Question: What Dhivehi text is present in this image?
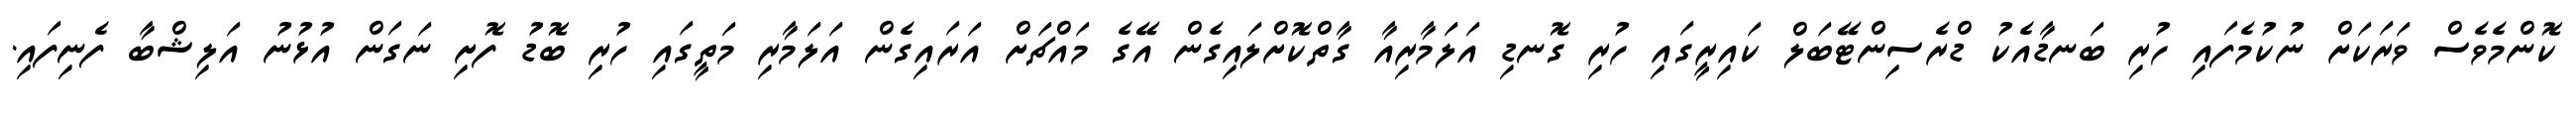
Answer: ކޮންމެވެސް ވަރަކަށް ނުކުމެފައި ހުރި ބަނޑާއެކު ޑްރެސިންޓޭބަލް ކައިރީގައި ހުރި ގޮނޑި އަލަމާރިއާ ގާތްކޮށްލައިގެން އޭގެ މައްޗަށް އަރައިގެން އަލަމާރި މަތީގައި ހުރި ބޮޑު ފޮށި ނަގަން އުޅުނު އަލިޝްބާ ފެނިފައި.